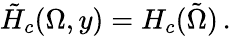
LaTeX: \tilde{H}_{c}(\Omega,y)=H_{c}(\tilde{\Omega})\, .